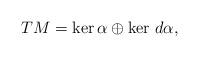
LaTeX: \begin{align*}TM=\ker\alpha \oplus \ker\,d\alpha,\end{align*}